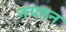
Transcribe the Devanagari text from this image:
नयहन